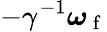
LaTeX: -\gamma^{-1}\boldsymbol{\omega}_{\mathrm{~f~}}